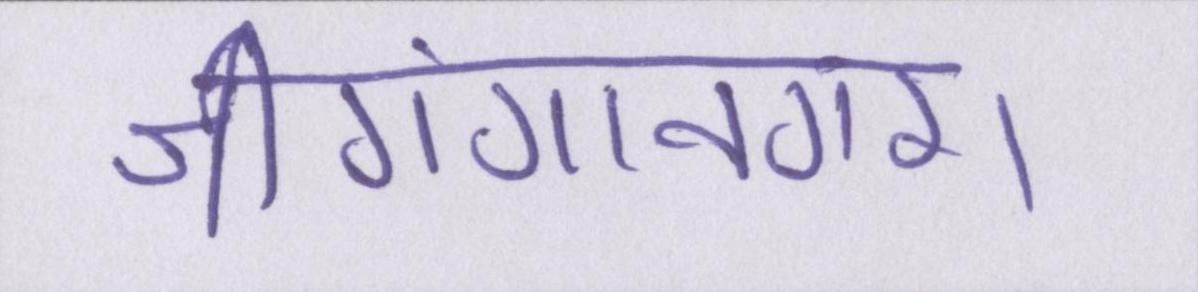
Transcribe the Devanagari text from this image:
श्रीगंगानगर।